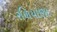
રળિયાણા